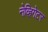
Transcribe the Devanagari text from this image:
नेव्हिगेटर